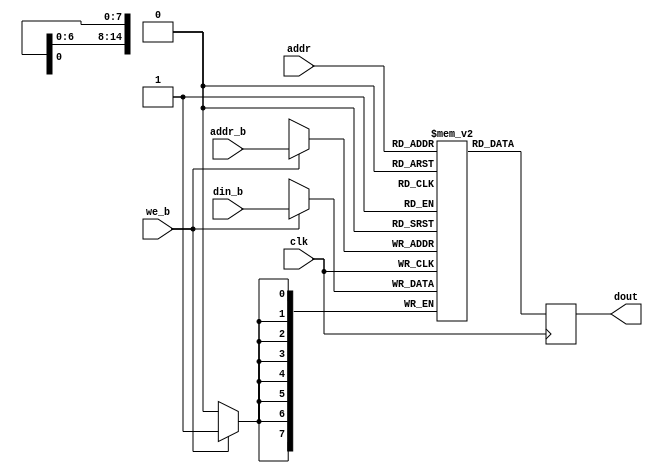
module gamerom (
  input            clk,
  input [14:0]     addr,
  output reg [7:0] dout,
  input            we_b,
  input [14:0]     addr_b,
  input [7:0]      din_b
);

  parameter MEM_INIT_FILE = "";
   
  reg [7:0] rom [0:32767];

  initial
    if (MEM_INIT_FILE != "")
      $readmemh(MEM_INIT_FILE, rom);
   
  always @(posedge clk) begin
    dout <= rom[addr];
  end

  always @(posedge clk) begin
    if (we_b)
      rom[addr_b] <= din_b;
  end

endmodule